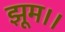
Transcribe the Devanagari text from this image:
झूम।।